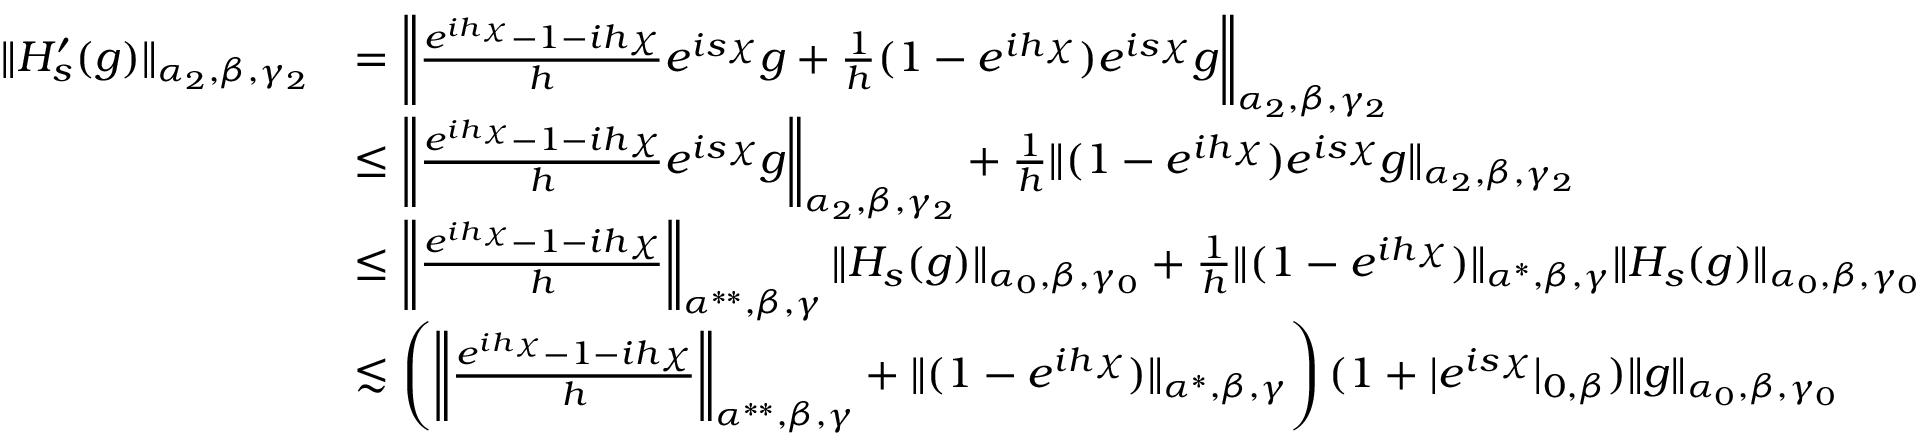
\begin{array} { r l } { \| H _ { s } ^ { \prime } ( g ) \| _ { \alpha _ { 2 } , \beta , \gamma _ { 2 } } } & { = \left\| \frac { e ^ { i h \chi } - 1 - i h \chi } { h } e ^ { i s \chi } g + \frac { 1 } { h } ( 1 - e ^ { i h \chi } ) e ^ { i s \chi } g \right\| _ { \alpha _ { 2 } , \beta , \gamma _ { 2 } } } \\ & { \leq \left\| \frac { e ^ { i h \chi } - 1 - i h \chi } { h } e ^ { i s \chi } g \right\| _ { \alpha _ { 2 } , \beta , \gamma _ { 2 } } + \frac { 1 } { h } \| ( 1 - e ^ { i h \chi } ) e ^ { i s \chi } g \| _ { \alpha _ { 2 } , \beta , \gamma _ { 2 } } } \\ & { \leq \left\| \frac { e ^ { i h \chi } - 1 - i h \chi } { h } \right\| _ { \alpha ^ { * * } , \beta , \gamma } \| H _ { s } ( g ) \| _ { \alpha _ { 0 } , \beta , \gamma _ { 0 } } + \frac { 1 } { h } \| ( 1 - e ^ { i h \chi } ) \| _ { \alpha ^ { * } , \beta , \gamma } \| H _ { s } ( g ) \| _ { \alpha _ { 0 } , \beta , \gamma _ { 0 } } } \\ & { \lesssim \left( \left\| \frac { e ^ { i h \chi } - 1 - i h \chi } { h } \right\| _ { \alpha ^ { * * } , \beta , \gamma } + \| ( 1 - e ^ { i h \chi } ) \| _ { \alpha ^ { * } , \beta , \gamma } \right) ( 1 + | e ^ { i s \chi } | _ { 0 , \beta } ) \| g \| _ { \alpha _ { 0 } , \beta , \gamma _ { 0 } } } \end{array}